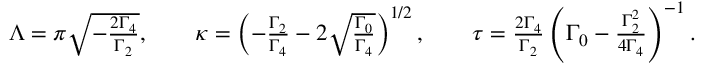
\begin{array} { r } { \Lambda = \pi \sqrt { - \frac { 2 \Gamma _ { 4 } } { \Gamma _ { 2 } } } , \qquad \kappa = \left( - \frac { \Gamma _ { 2 } } { \Gamma _ { 4 } } - 2 \sqrt { \frac { \Gamma _ { 0 } } { \Gamma _ { 4 } } } \right) ^ { 1 / 2 } , \qquad \tau = \frac { 2 \Gamma _ { 4 } } { \Gamma _ { 2 } } \left( \Gamma _ { 0 } - \frac { \Gamma _ { 2 } ^ { 2 } } { 4 \Gamma _ { 4 } } \right) ^ { - 1 } . } \end{array}